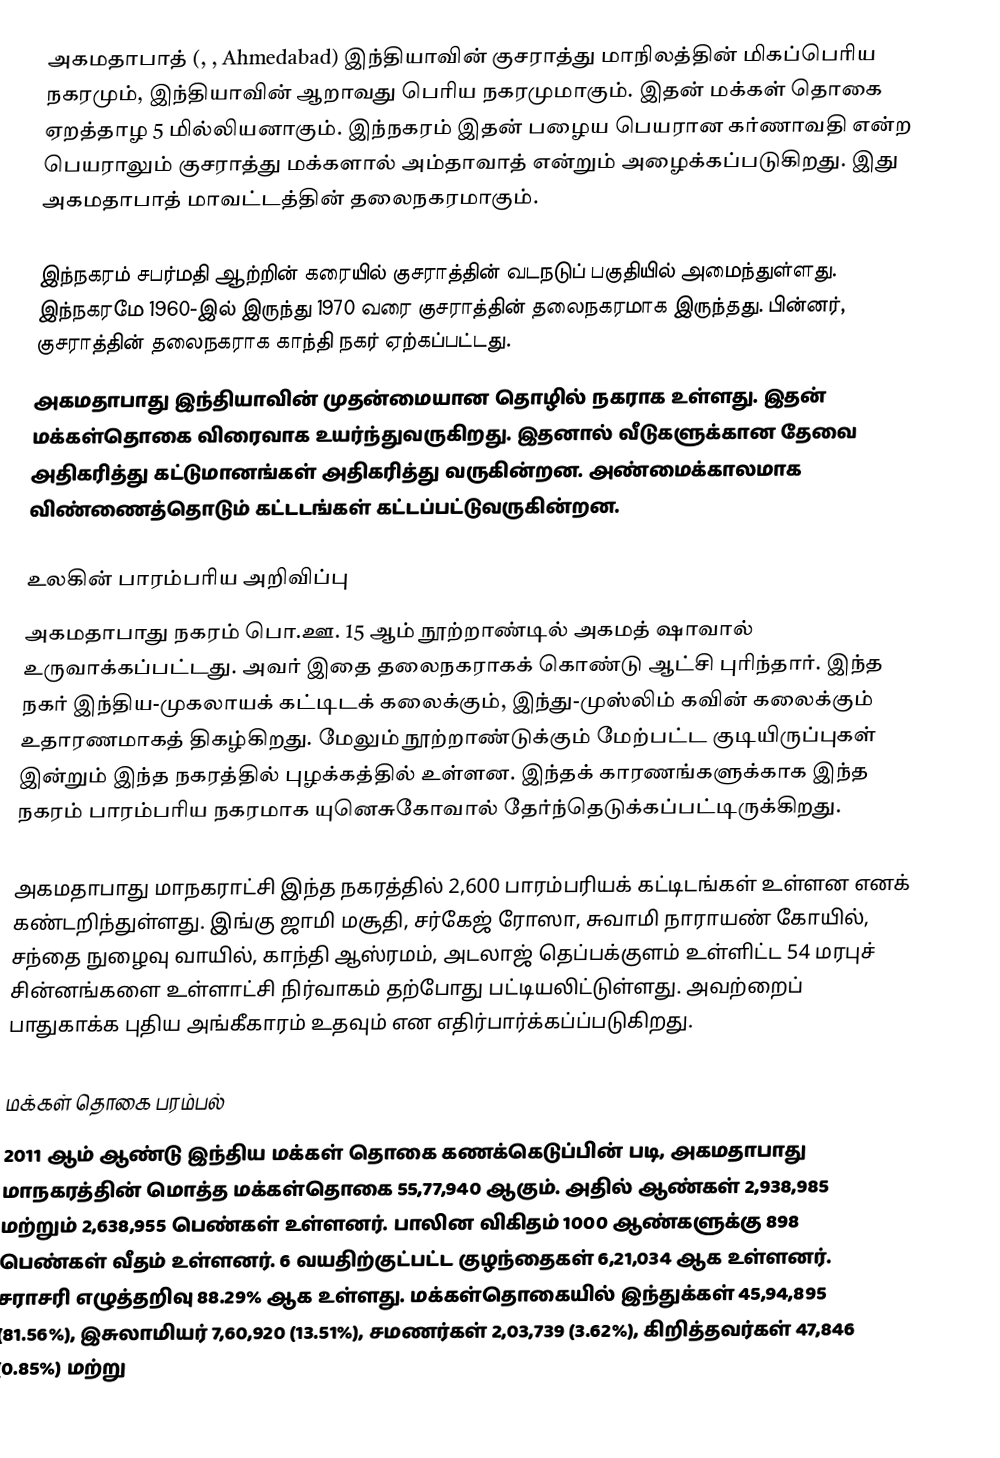
அகமதாபாத் (, , Ahmedabad) இந்தியாவின் குசராத்து மாநிலத்தின் மிகப்பெரிய நகரமும், இந்தியாவின் ஆறாவது பெரிய நகரமுமாகும். இதன் மக்கள் தொகை ஏறத்தாழ 5 மில்லியனாகும். இந்நகரம் இதன் பழைய பெயரான கர்ணாவதி என்ற பெயராலும் குசராத்து மக்களால் அம்தாவாத் என்றும் அழைக்கப்படுகிறது. இது அகமதாபாத் மாவட்டத்தின் தலைநகரமாகும்.

இந்நகரம் சபர்மதி ஆற்றின் கரையில் குசராத்தின் வடநடுப் பகுதியில் அமைந்துள்ளது. இந்நகரமே 1960-இல் இருந்து 1970 வரை குசராத்தின் தலைநகரமாக இருந்தது. பின்னர், குசராத்தின் தலைநகராக காந்தி நகர் ஏற்கப்பட்டது.
அகமதாபாது இந்தியாவின் முதன்மையான தொழில் நகராக உள்ளது. இதன் மக்கள்தொகை விரைவாக உயர்ந்துவருகிறது. இதனால் வீடுகளுக்கான தேவை அதிகரித்து கட்டுமானங்கள் அதிகரித்து வருகின்றன. அண்மைக்காலமாக விண்ணைத்தொடும் கட்டடங்கள் கட்டப்பட்டுவருகின்றன.

உலகின் பாரம்பரிய அறிவிப்பு
அகமதாபாது நகரம் பொ.ஊ. 15 ஆம் நூற்றாண்டில் அகமத் ஷாவால் உருவாக்கப்பட்டது. அவர் இதை தலைநகராகக் கொண்டு ஆட்சி புரிந்தார். இந்த நகர் இந்திய-முகலாயக் கட்டிடக் கலைக்கும், இந்து-முஸ்லிம் கவின் கலைக்கும் உதாரணமாகத் திகழ்கிறது. மேலும் நூற்றாண்டுக்கும் மேற்பட்ட குடியிருப்புகள் இன்றும் இந்த நகரத்தில் புழக்கத்தில் உள்ளன. இந்தக் காரணங்களுக்காக இந்த நகரம் பாரம்பரிய நகரமாக யுனெசுகோவால் தேர்ந்தெடுக்கப்பட்டிருக்கிறது.

அகமதாபாது மாநகராட்சி இந்த நகரத்தில் 2,600 பாரம்பரியக் கட்டிடங்கள் உள்ளன எனக் கண்டறிந்துள்ளது. இங்கு ஜாமி மசூதி, சர்கேஜ் ரோஸா, சுவாமி நாராயண் கோயில், சந்தை நுழைவு வாயில், காந்தி ஆஸ்ரமம், அடலாஜ் தெப்பக்குளம் உள்ளிட்ட 54 மரபுச் சின்னங்களை உள்ளாட்சி நிர்வாகம் தற்போது பட்டியலிட்டுள்ளது. அவற்றைப் பாதுகாக்க புதிய அங்கீகாரம் உதவும் என எதிர்பார்க்கப்ப்படுகிறது.

மக்கள் தொகை பரம்பல்
2011 ஆம் ஆண்டு இந்திய மக்கள் தொகை கணக்கெடுப்பின் படி,  அகமதாபாது மாநகரத்தின் மொத்த மக்கள்தொகை 55,77,940 ஆகும். அதில் ஆண்கள் 2,938,985   மற்றும் 2,638,955   பெண்கள் உள்ளனர். பாலின விகிதம் 1000 ஆண்களுக்கு 898 பெண்கள் வீதம் உள்ளனர். 6 வயதிற்குட்பட்ட குழந்தைகள் 6,21,034 ஆக உள்ளனர். சராசரி எழுத்தறிவு 88.29% ஆக உள்ளது. மக்கள்தொகையில் இந்துக்கள் 45,94,895	(81.56%), இசுலாமியர் 7,60,920	(13.51%), சமணர்கள் 2,03,739 (3.62%), கிறித்தவர்கள் 47,846 (0.85%)  மற்று